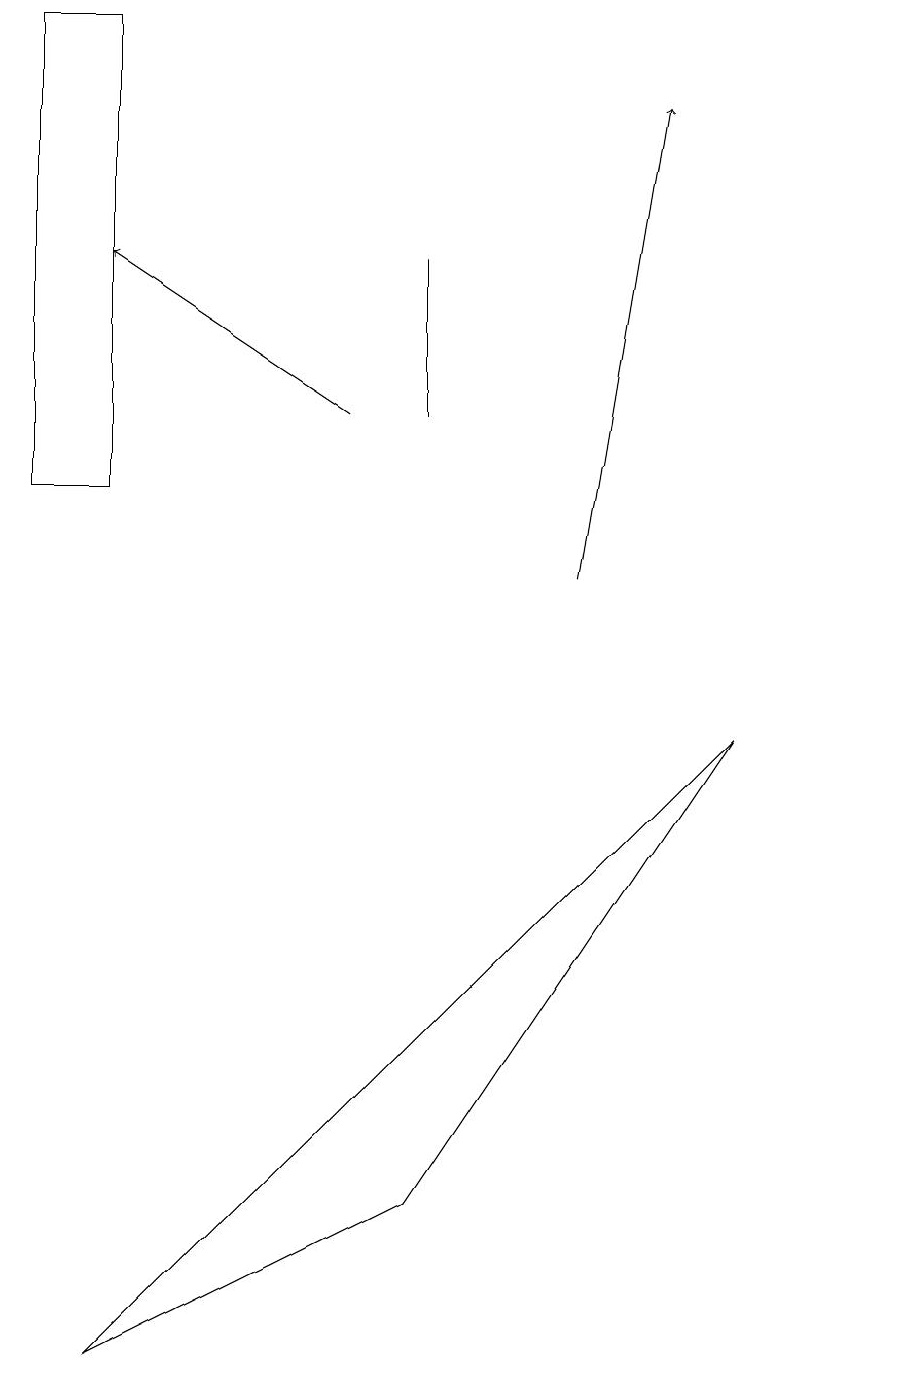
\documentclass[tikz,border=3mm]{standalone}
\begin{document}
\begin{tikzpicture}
\draw (0,11) rectangle (1,17);
\draw (11,10) circle (0);
\draw[->] (4,12) -- (1,14);
\draw (9,8) -- (5,2) -- (1,0) -- cycle;
\draw (5,14) rectangle (5,12);
\draw[->] (7,10) -- (8,16);
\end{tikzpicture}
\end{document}